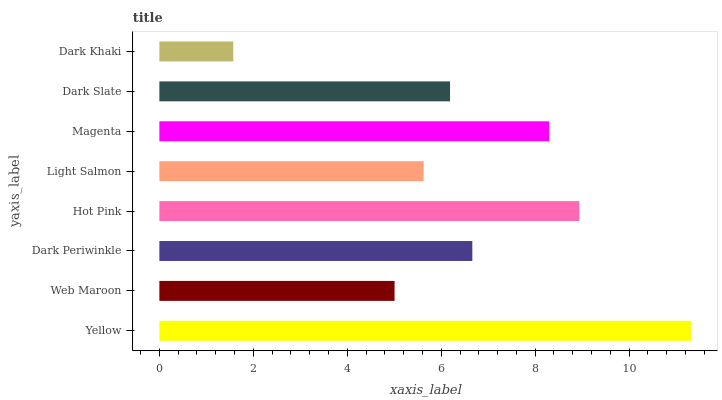
| yaxis_label | bars |
 | --- | --- |
 | Yellow | 11.3 |
 | Web Maroon | 5.01 |
 | Dark Periwinkle | 6.66 |
 | Hot Pink | 8.94 |
 | Light Salmon | 5.63 |
 | Magenta | 8.3 |
 | Dark Slate | 6.19 |
 | Dark Khaki | 1.57 |